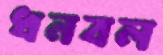
ধনবল